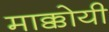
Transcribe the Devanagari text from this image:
माक्कोयी